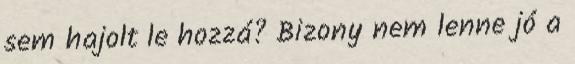
sem hajolt le hozzá? Bizony nem lenne jó a